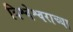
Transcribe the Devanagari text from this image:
विश्वेश्वराच्या